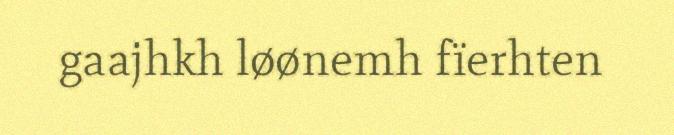
gaajhkh løønemh fïerhten